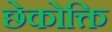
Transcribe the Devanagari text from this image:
छेकोक्ति